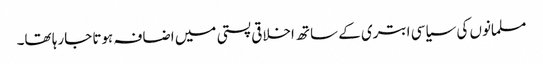
مسلمانوں کی سیاسی ابتری کے ساتھ اخلاقی پستی میں اضافہ ہوتا جارہا تھا۔